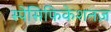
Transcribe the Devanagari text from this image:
स्पेसिफिकेशनज़